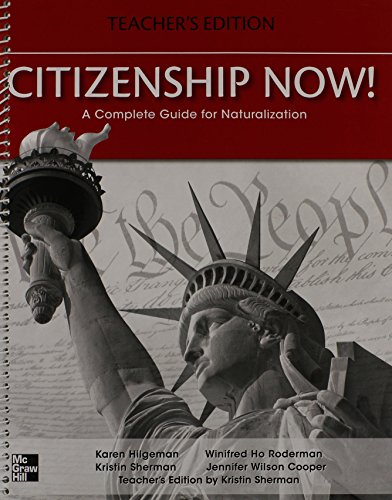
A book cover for Citizenship Now! Teacher's Edition: A Complete Guide for Naturalization; Kristin Sherman; Test Preparation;